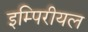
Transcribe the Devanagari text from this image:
इम्पिरीयल